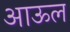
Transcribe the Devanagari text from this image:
आऊल